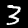
Digit: 3